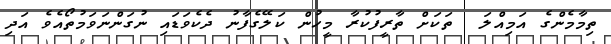
ތިމާމެންގެ އަމިއްލަ  ތަކަށް ތާރީފުކުރާ މީހުން ކަލޭގެފާނު ދެކެވަޑައި ނުގަންނަވަމުތޯއެވެ އަދި